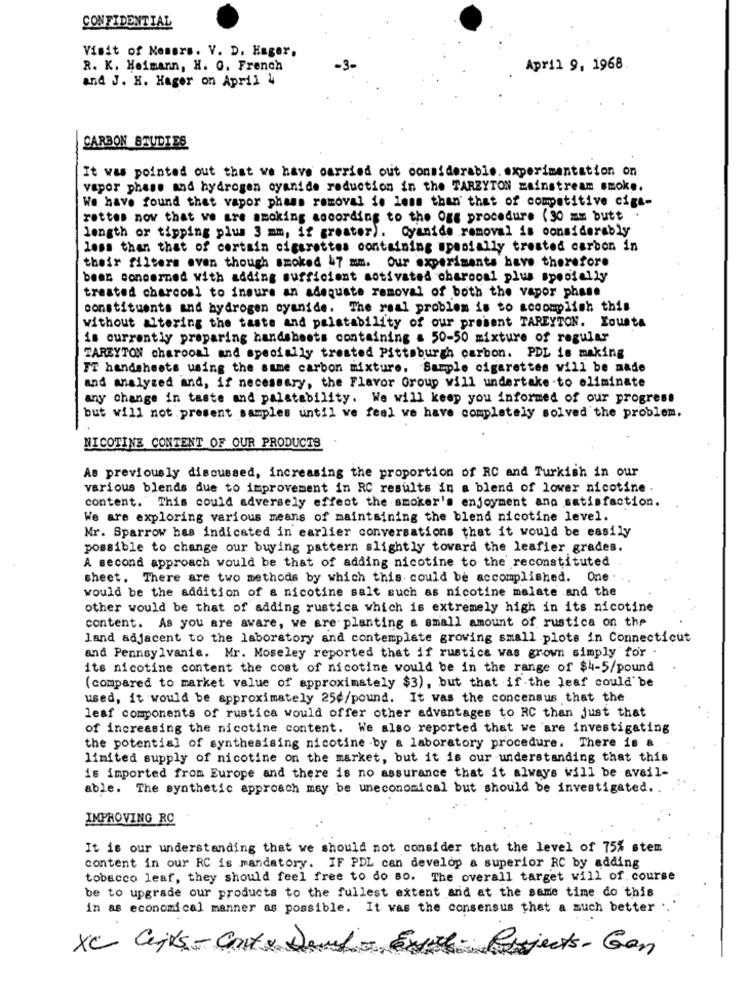
CONFIDENTIAL
Visit of Memers. V. D. Hager,
R. K. Heimann, H. O. French
April 9, 1968
and J. K. Hager on April 4
CARBON STUDIES
It was pointed out that we have carried out considerable. experimentation on
vapor phase and hydrogen oyanide reduction in the TARZYTON zainstream smoke.
We have found that vapor pheas removal is less than that of competitive cigs-
rettes now that we are smoking according to the Ogs procedure (30 mm butt .
length or tipping plus 3 mm, if greater). Cyanide removal is considerably
less than that of certain cigarettes containing specially trosted carbon in
their filters even though smoked b7 mm. our experiments have therefore
been concerned with adding sufficient motivated charcoal plus spoofally
treated charcoal to insure an adequate removal of both the vapor phase
constituents and hydrogen cyanide. The real problem is to accomplish this
without altering the taste and palstability of our present TAREYTON. Lousta
is currently preparing handsheets containing a 50-50 mixture of regular
TAREYTON charcoal and specially treated Pittsburgh carbon. PDL is making
FT handsheets using the same carbon mixture. Sample cigarettes will be made
and analyzed and, if necessary, the Flavor Group will undertake to eliminate
any change in taste and palstability. We will keep you informed of our progress
but will not present samples until we feel we have completely solved the problem,
NICOTINE CONTENT OF OUR PRODUCTS
As previously discussed, increasing the proportion of RC and Turkish in our
various blends due to improvement in RC results in a blend of lower nicotine .
content. This could adversely effect the smoker's enjoyment and satisfaction.
We are exploring various means of maintaining the blend nicotine level.
Mr. Sparrow has indicated in earlier conversations that it would be easily
possible to change our buying pattern slightly toward the leafier grades.
A second approach would be that of adding nicotine to the reconstituted
sheet. There are two methods by which this could be accomplished. One .
would be the addition of a nicotine salt such as nicotine malate and the
other would be that of adding rustica which is extremely high in its nicotine
content. As you are aware, we are planting a small amount of rustica on the
land adjacent to the laboratory and contemplate growing small plots in Connecticut
and Pennsylvania. Mr. Moseley reported that if rustica was grown simply for
its nicotine content the cost of nicotine would be in the range of $4-5/pound
(compared to market value of approximately $3), but that if the leaf could be
used, it would be approximately 25¢/pound. It was the concensus that the
leaf components of rustica would offer other advantages to RC than just that
of increasing the nicotine content. We also reported that we are investigating
the potential of synthesising nicotine by a laboratory procedure. There is a
limited supply of nicotine on the market, but it is our understanding that this
is imported from Europe and there is no assurance that it always will be avail-
able. The synthetic approach may be uneconomical but should be investigated ..
IMPROVING RC
It is our understanding that we should not consider that the level of 75% stem
content in our RC is mandatory. IF PDL can develop a superior RC by adding
tobacco leaf, they should feel free to do so. The overall target will of course
be to upgrade our products to the fullest extent and at the same time do this
in as economical manner as possible. It was the consensus that a much better
XC Cejts - Cont & Derfor Ex
4- Benjects-Gon